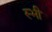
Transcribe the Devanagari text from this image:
स्भी